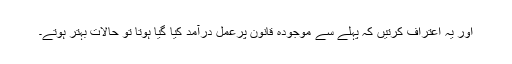
اور یہ اعتراف کرتیں کہ پہلے سے موجودہ قانون پرعمل درآمد کیا گیا ہوتا تو حالات بہتر ہوتے۔